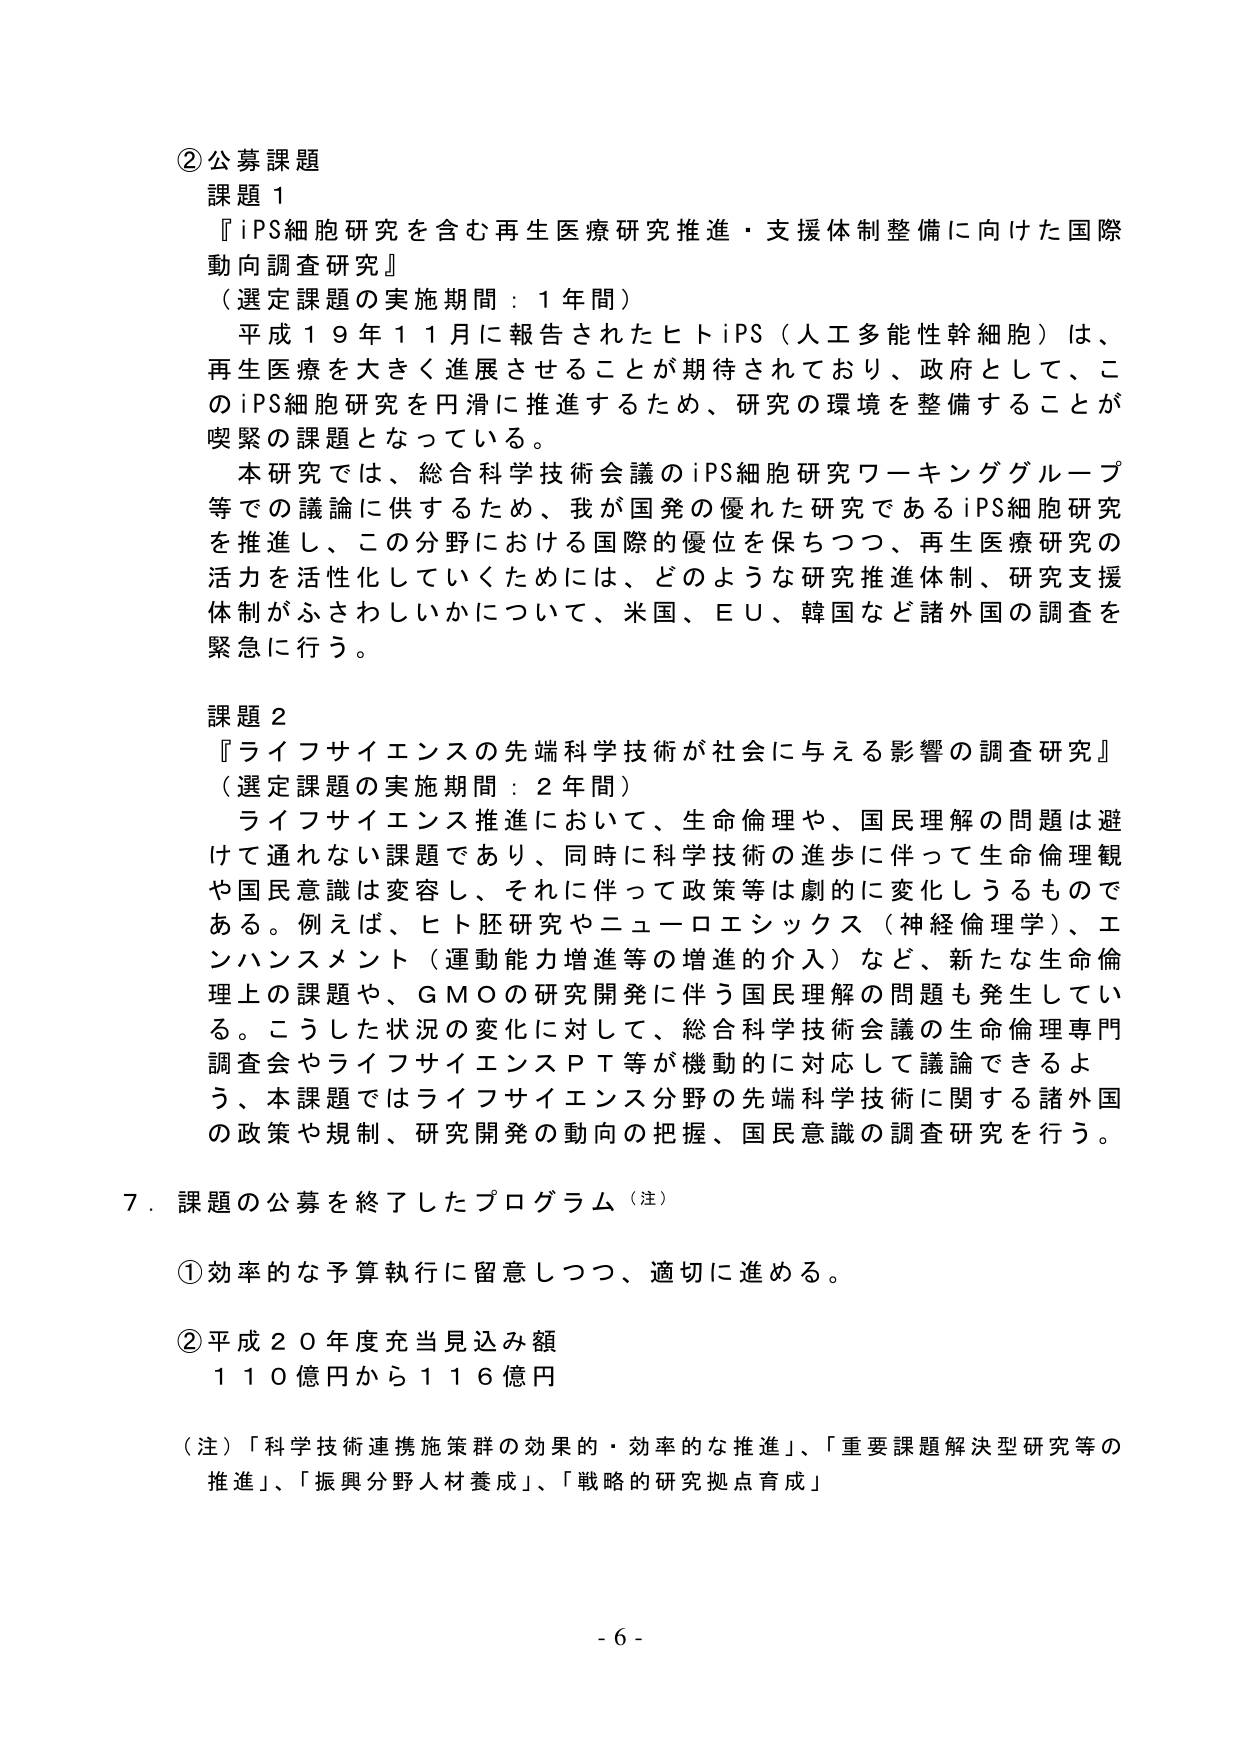
②公募課題
課題１
『iPS細胞研究を含む再生医療研究推進・支援体制整備に向けた国際動向調査研究』
（選定課題の実施期間：１年間）
　平成１９年１１月に報告されたヒトiPS（人工多能性幹細胞）は、再生医療を大きく進展させることが期待されており、政府として、このiPS細胞研究を円滑に推進するため、研究の環境を整備することが喫緊の課題となっている。
　本研究では、総合科学技術会議のiPS細胞研究ワーキンググループ等での議論に供するため、我が国発の優れた研究であるiPS細胞研究を推進し、この分野における国際的優位を保ちつつ、再生医療研究の活力を活性化していくためには、どのような研究推進体制、研究支援体制がふさわしいかについて、米国、ＥＵ、韓国など諸外国の調査を緊急に行う。

課題２
『ライフサイエンスの先端科学技術が社会に与える影響の調査研究』
（選定課題の実施期間：２年間）
　ライフサイエンス推進において、生命倫理や、国民理解の問題は避けて通れない課題であり、同時に科学技術の進歩に伴って生命倫理観や国民意識は変容し、それに伴って政策等は劇的に変化しうるものである。例えば、ヒト胚研究やニューロエシックス（神経倫理学）、エンハンスメント（運動能力増進等の増進的介入）など、新たな生命倫理上の課題や、ＧＭＯの研究開発に伴う国民理解の問題も発生している。こうした状況の変化に対して、総合科学技術会議の生命倫理専門調査会やライフサイエンスＰＴ等が機動的に対応して議論できるよう、本課題ではライフサイエンス分野の先端科学技術に関する諸外国の政策や規制、研究開発の動向の把握、国民意識の調査研究を行う。

７．課題の公募を終了したプログラム（注）
　①効率的な予算執行に留意しつつ、適切に進める。
　②平成２０年度充当見込み額
　　　１１０億円から１１６億円

（注）「科学技術連携施策群の効果的・効率的な推進」、「重要課題解決型研究等の推進」、「振興分野人材養成」、「戦略的研究拠点育成」

- 6 -